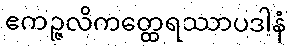
ဧကဉ္ဇလိကတ္ထေရဿာပဒါနံ